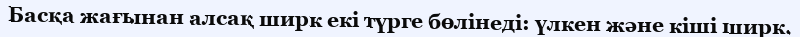
Басқа жағынан алсақ ширк екі түрге бөлінеді: үлкен және кіші ширк.